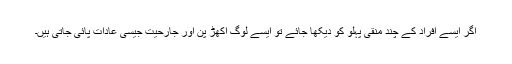
اگر ایسے افراد کے چند منقی پہلو کو دیکھا جائے تو ایسے لوگ اکھڑ پن اور جارحیت جیسی عادات پائی جاتی ہیں۔